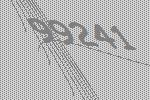
99241